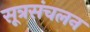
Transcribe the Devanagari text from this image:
सूत्रसंचलन